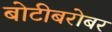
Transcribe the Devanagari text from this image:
बोटीबरोबर